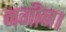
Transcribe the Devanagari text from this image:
नगीन।